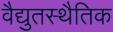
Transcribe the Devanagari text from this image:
वैद्युतस्थैतिक